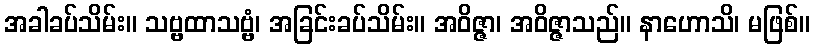
အခါခပ်သိမ်း။ သဗ္ဗထာသဗ္ဗံ၊ အခြင်းခပ်သိမ်း။ အဝိဇ္ဇာ၊ အဝိဇ္ဇာသည်။ နာဟောသိ၊ မဖြစ်။